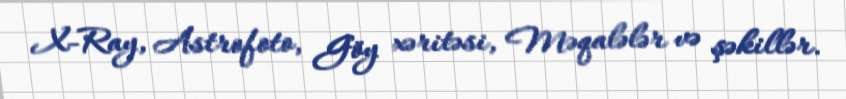
X-Ray, Astrofoto, Göy xəritəsi, Məqalələr və şəkillər.